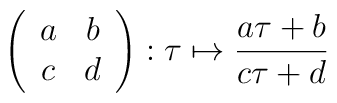
\left( \begin{array}{cc}a & b\\c & d\end{array}\right) :\tau \mapsto \frac{a\tau +b}{c\tau +d}